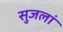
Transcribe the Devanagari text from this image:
सुजलां